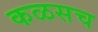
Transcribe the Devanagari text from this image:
कळसच